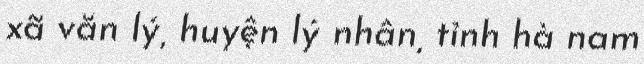
xã văn lý, huyện lý nhân, tỉnh hà nam